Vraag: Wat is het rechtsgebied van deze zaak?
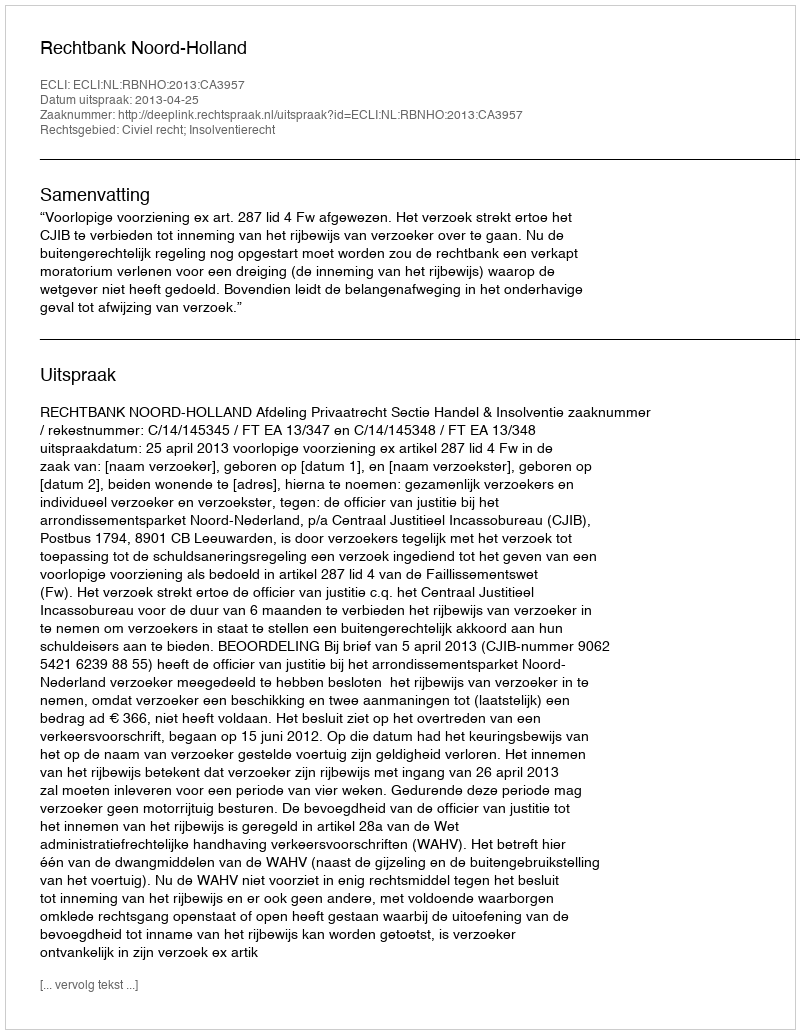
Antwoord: Civiel recht; Insolventierecht